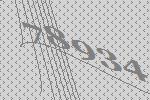
78934